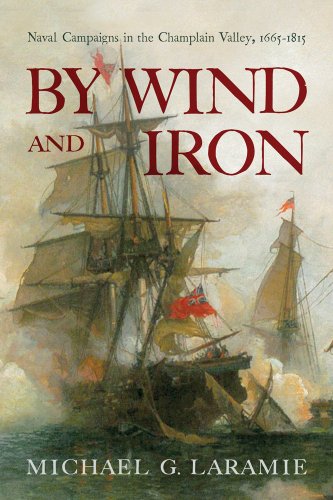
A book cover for By Wind and Iron: Naval Campaigns in the Champlain Valley, 1665EE1815 (Spirituality in Education); Michael Laramie; History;